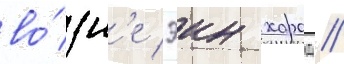
во́зл'е эин харод //